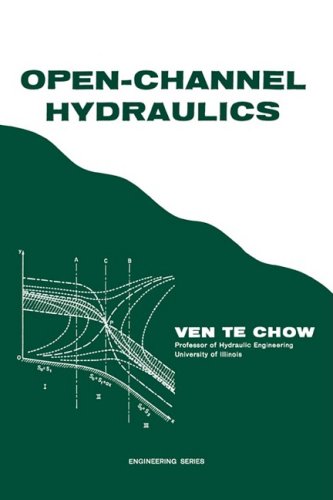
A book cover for Open-Channel Hydraulics; Ven Te Chow; Science & Math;